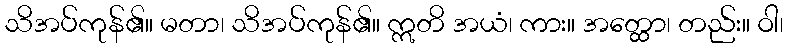
သိအပ်ကုန်၏။ မတာ၊ သိအပ်ကုန်၏။ ဣတိ အယံ၊ ကား။ အတ္ထော၊ တည်း။ ဝါ၊